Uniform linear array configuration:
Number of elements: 4
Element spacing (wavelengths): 1
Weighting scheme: binomial
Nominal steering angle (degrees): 45
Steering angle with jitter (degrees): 43.482
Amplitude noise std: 0.05
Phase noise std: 0.05

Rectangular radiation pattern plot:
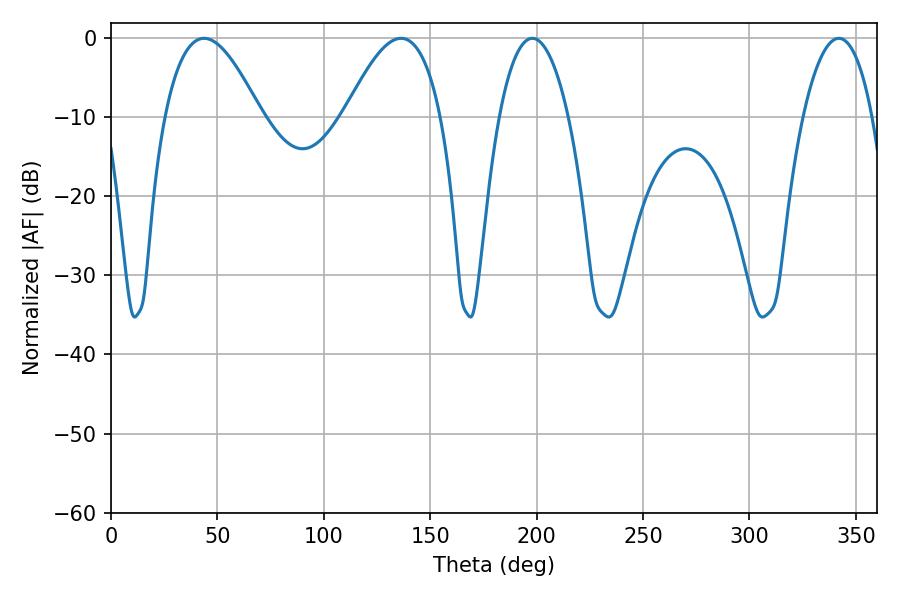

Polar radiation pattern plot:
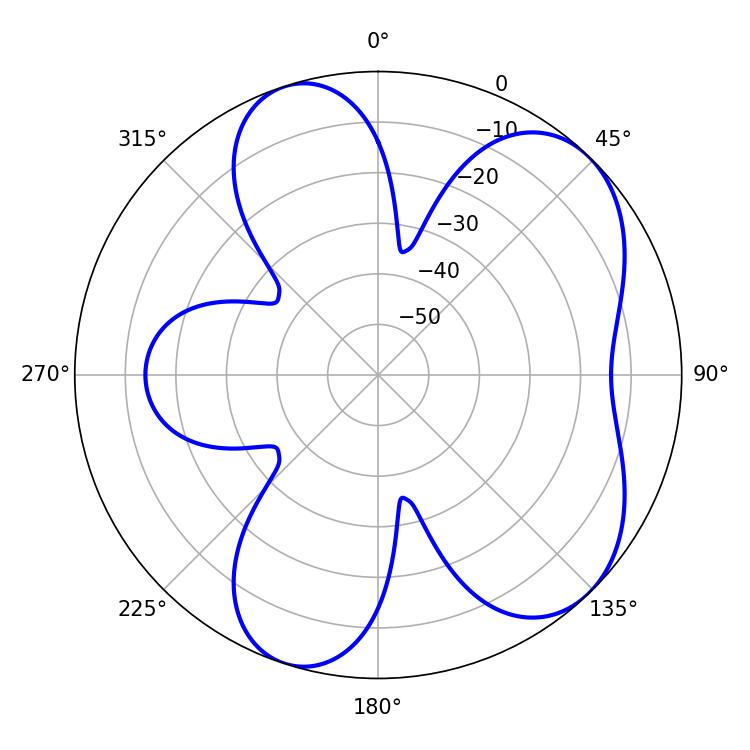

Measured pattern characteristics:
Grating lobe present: TRUE
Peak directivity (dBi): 6.427
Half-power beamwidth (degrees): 18.18
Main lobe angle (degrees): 198